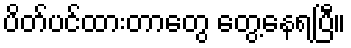
ပိတ်ပင်ထားတာတွေ တွေ့နေရပြီ။